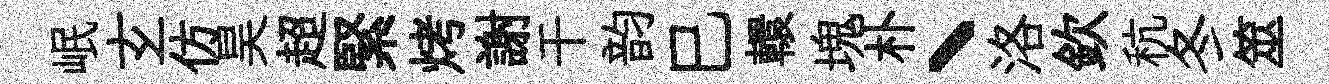
岷𤣥仿昊超緊烤謝干韵巳轘塊朴丶洛欽秔冬筮